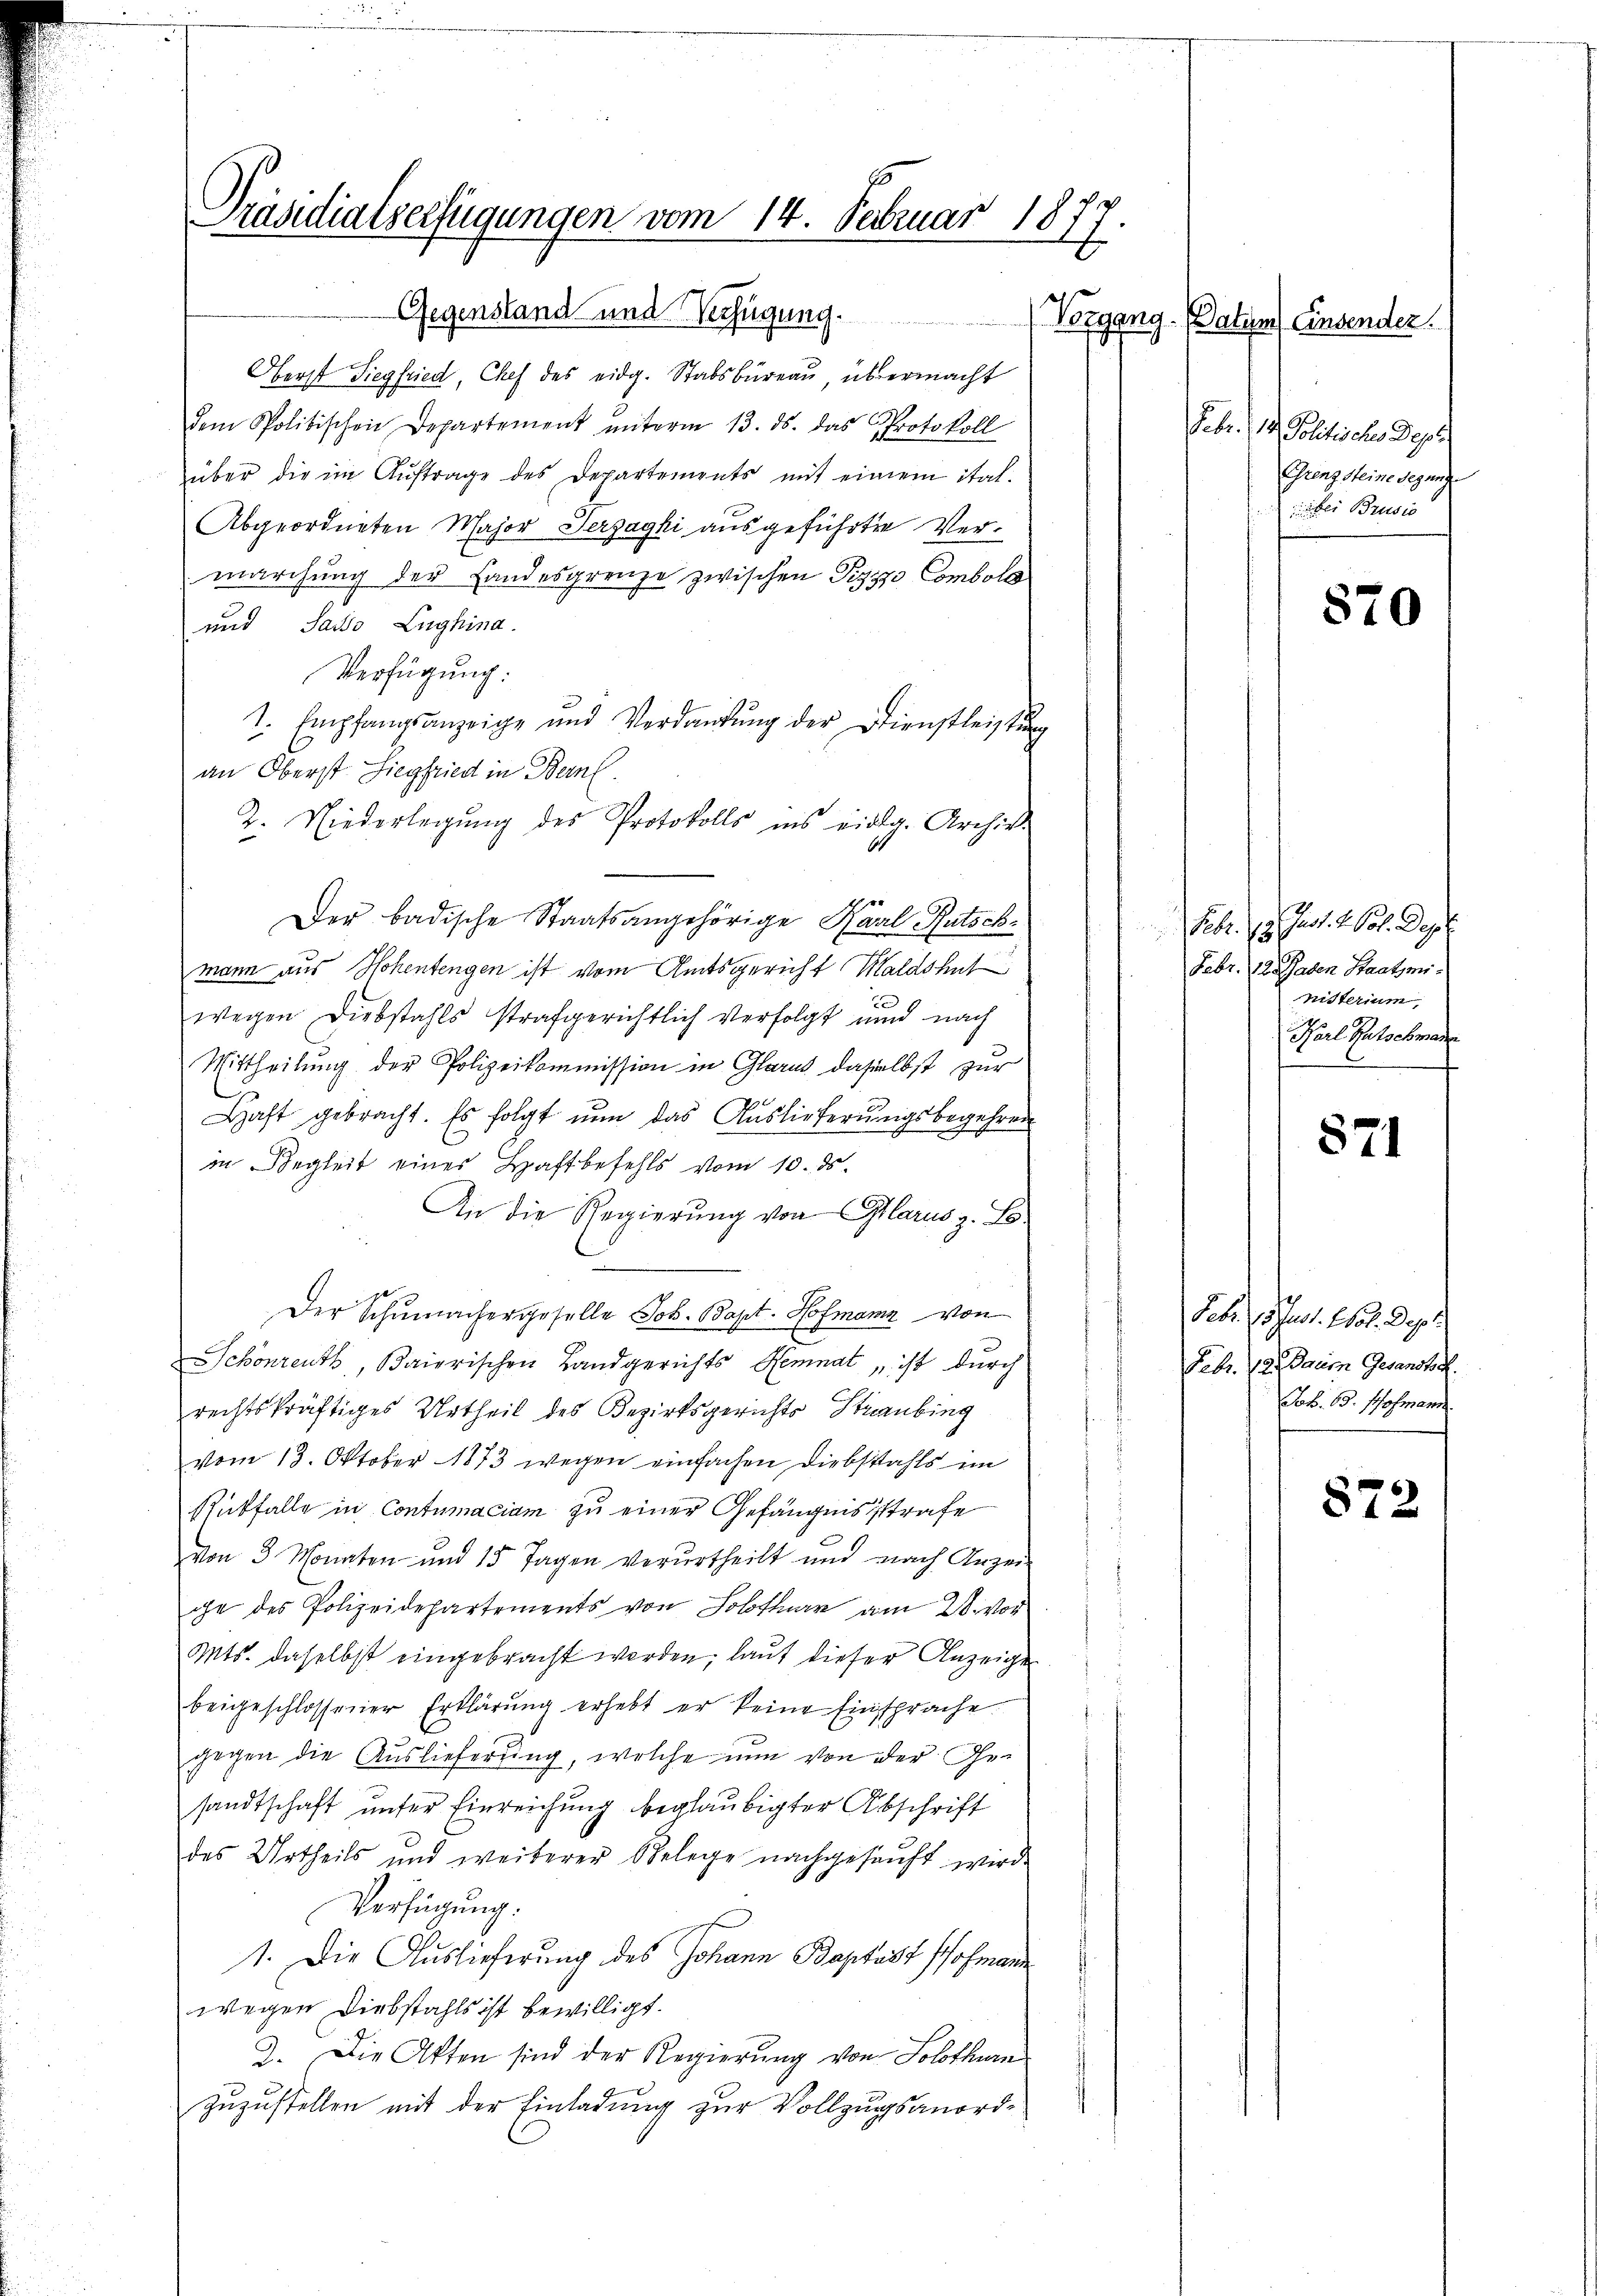
75
Präsidialserfügungen vom 14. Februar 1877
Gegensland und Verfügung.

Oberst Siegfried, Chef des eidg. Stabsbureau übermacht
dem Politischen Departement ŭnterm 13. ds. das Protokoll
über die im Aŭftrage des Departements mit einem ital.
Abgeordneten Major Verzagki ausgeführten Vermarchung der Landesgrenze zwischen Pizzo Comboll
und Sasso Lughina
Verfügung:
1. Empfangsanzeige und Verdankŭng der Dienstleistŭng
an Oberst Siegfried in Bern.
2. Niederlegung des Protokolls ins eidg. Archivs
Der badische Staatsangehörige Karl Rutschmann aus Hohentengen ist vom Amtsgericht Maldshut
wegen Diebstahls strafgerichtlich verfolgt und nach
Mittheilung der Polizeikommission in Glarus, daselbst zur
Haft gebracht. Es folgt nun das Auslieferungsbegehren
in Begleit eines Haftbefehls vom 10. ds.
An die Regierung von Glarus. E
Der Schumachergeselle Joh. Bapt. Hofmann von
Schönreuth, Baierischen Landgerichts Reminat, ist durch
rechtskräftiges Urtheil des Bezirksgerichts Straubing
vom 13. Oktober 1873 wegen einfachen Diebstahls im
Rückfalle in Contumaciam zu einer Gefängnissstrafe
von 3 Monaten und 15 Tagen verurtheilt und nach Anzei-
ge des Polizeidepartements von Solothurn am 28. Vor
Mts. daselbst eingebracht werden, laut dieser Anzeige
beigeschlossener Erklärung erhebt er keine Einsprache.
gegen die Auslieferung, welche nun von der Gesandtschaft unter Einreichung beglaubigter Abschrift
des Urtheils und weiterer Belege nachgesanft werde
Verfügung.
1. Die Auslieferung des Johann Baptist Hofmann
wegen Diebstahls ist bewilligt.
2. Die Akten sind der Regierŭng von Solothurn
zuzustellen mit der Einladung zur Vollzungsanord¬

Vorgang. Datum) Einsender.
Febr. 1 Politisches Depa
Grenzsteine Regunge
 bei Brusio

870

Febr. 19. Chart. 2 Pot. Dep
Febr. 12 Faden Staatsministerium,
Karl Rutschmann

571

Febr. 1. Just. Not. Dep
Febr. 12. Darum Gesandte.
Job. 63. Hofmann.

872